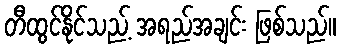
တီထွင်နိုင်သည့် အရည်အချင်း ဖြစ်သည်။